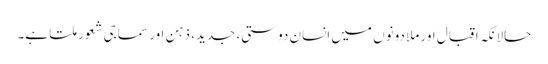
حالانکہ اقبال اور ملا دونوں میں انسان دوستی، جدید، ذہن اور سماجی شعور ملتا ہے۔